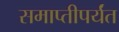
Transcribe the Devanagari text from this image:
समाप्‍तीपर्यंत